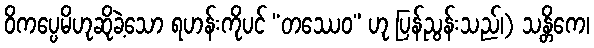
ဝိကပ္ပေမိဟုဆိုခဲ့သော ရဟန်းကိုပင် “တဿေဝ” ဟု ပြန်ညွန်းသည်၊) သန္တိကေ၊